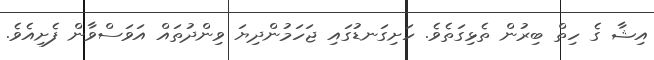
އިޝާ ގެ ހިތް ބިރުން ތެޅިގަތެވެ. ހަށިގަނޑުގައި ޖަހަމުންދިޔަ ވިންދުތައް އަވަސްވާން ފެށިއެވެ.